Scottish Certificate of Education, 1963
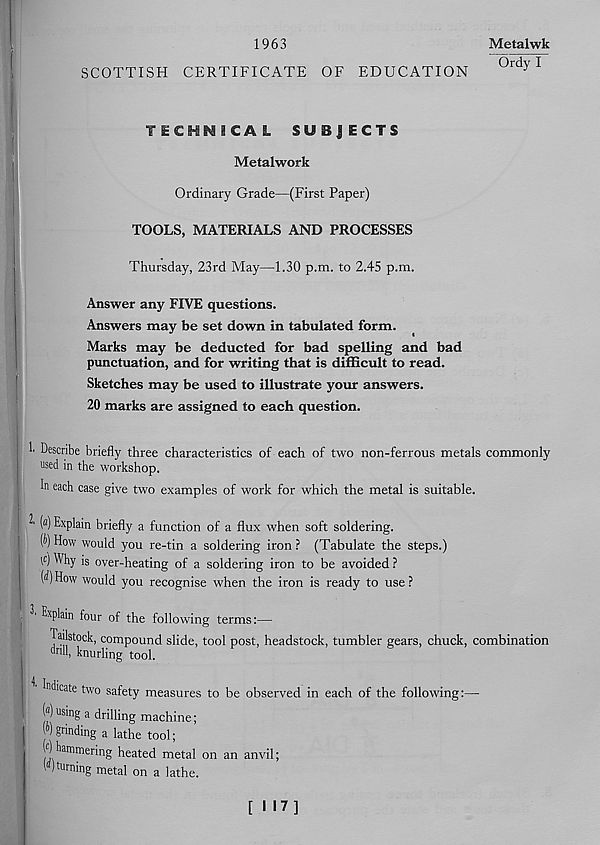
1963
SCOTTISH CERTIFICATE OF EDUCATION
Metalwk
'"OrfyT
TECHKI1CAL SUBJECTS
Metalwork
Ordinary Grade—(First Paper)
TOOLS, MATERIALS AND PROCESSES
Thursday, 23rd May—1.30 p.m. to 2.45 p.m.
Answer any FIVE questions.
Answers may be set down in tabulated form.
Marks may be deducted for bad spelling and bad
punctuation, and for writing that is difficult to read.
Sketches may be used to illustrate your answers.
20 marks are assigned to each question.
I Describe briefly three characteristics of each of two non-ferrous metals commonly
used in the workshop.
In each case give two examples of work for which the metal is suitable.
^ M Explain briefly a function of a flux when soft soldering.
(4) How would you re-tin a soldering iron ? (Tabulate the steps.)
' C J Wliy is over-heating of a soldering iron to be avoided ?
(d) How would you recognise when the iron is ready to use ?
1 Ex P lain four of the following terms:—
Jailstock, compound slide, tool post, headstock, tumbler gears, chuck, combination
drill, knurling tool.
Indicate two safety measures to be observed in each of the following:—
W using a drilling machine;
) grinding a lathe tool;
goring heated metal on an anvil;
(“)turning metal on a lathe.
[117]